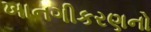
ખાનગીકરણનો